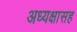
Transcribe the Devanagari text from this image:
अध्यक्षासह